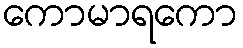
ကောမာရကော